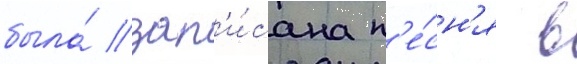
была́ зап'и́сана п'е́сн'я в